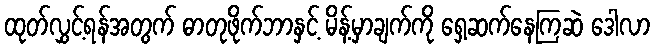
ထုတ်လွှင့်ရန်အတွက် ဓာတုဖိုက်ဘာနှင့် မိန့်မှာချက်ကို ရှေ့ဆက်နေကြဆဲ ဒေါလာ